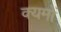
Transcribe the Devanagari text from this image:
क्यमों